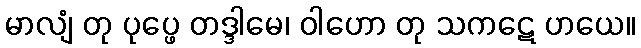
မာလျံ တု ပုပ္ဖေ တဒ္ဒါမေ၊ ဝါဟော တု သကဋေ ဟယေ။